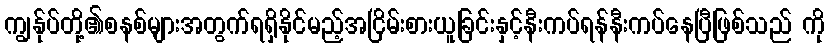
ကျွန်ုပ်တို့၏စနစ်များအတွက်ရရှိနိုင်မည့်အငြိမ်းစားယူခြင်းနှင့်နီးကပ်ရန်နီးကပ်နေပြီဖြစ်သည် ကို